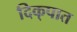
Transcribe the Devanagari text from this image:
दिक्‌पात